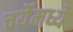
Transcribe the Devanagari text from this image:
चर्येमध्ये